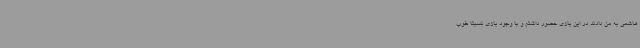
هاشمی به من دادند در این بازی حضور داشتم و با وجود بازی نسبتا خوب